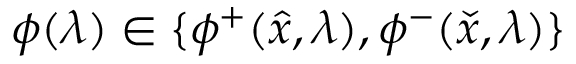
\phi ( \lambda ) \in \{ \phi ^ { + } ( { \hat { x } } , \lambda ) , \phi ^ { - } ( { \check { x } } , \lambda ) \}